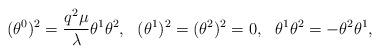
LaTeX: \begin{align*}(\theta^0)^2=\frac{q^2\mu}{\lambda}\theta^1\theta^2,~~(\theta^1)^2=(\theta^2)^2=0,~~\theta^1\theta^2=-\theta^2\theta^1,\end{align*}